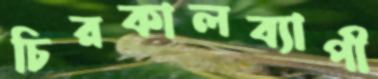
চিরকালব্যাপী